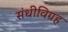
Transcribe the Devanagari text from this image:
संधीविग्रह